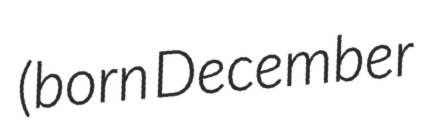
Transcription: (born December